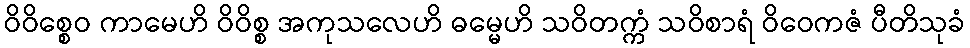
ဝိဝိစ္စေဝ ကာမေဟိ ဝိဝိစ္စ အကုသလေဟိ ဓမ္မေဟိ သဝိတက္ကံ သဝိစာရံ ဝိဝေကဇံ ပီတိသုခံ